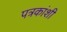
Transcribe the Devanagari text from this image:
पत्रकांशी